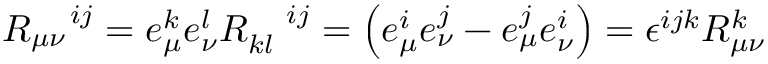
R _ { \mu \nu } ^ { \quad i j } = e _ { \mu } ^ { k } e _ { \nu } ^ { l } R _ { k l } ^ { \quad i j } = \left( e _ { \mu } ^ { i } e _ { \nu } ^ { j } - e _ { \mu } ^ { j } e _ { \nu } ^ { i } \right) = \epsilon ^ { i j k } R _ { \mu \nu } ^ { k }